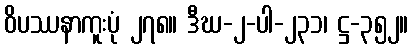
ဝိပဿနာကူးပုံ ၂၇၈။ ဒီဃ-၂-ပါ-၂၃၁၊ ဋ္ဌ-၃၅၂။